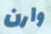
وارن